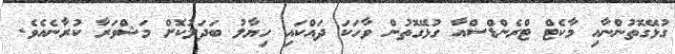
ގުޅޭގޮތުންނާއި މާކެޓް ޓްރެންޑްސްއާ ގުޅޭގޮތުން ވާހަކަ ދައްކައި ހިޔާލު ބަދަލުކޮށް މަޝްވަރާ ކުރާނެއެވެ.